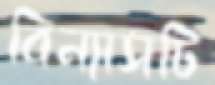
বিন্যাসটি